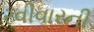
રવીવારની